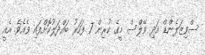
ސްވިޒަލެންޑް އަދި ވޭލްސް މީގެ ކުރިން 7 ފަހަރު ބައްދަލުކޮށްފައި ވެއެވެ. އެއީ